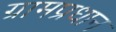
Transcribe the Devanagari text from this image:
ग्रामप्रधान